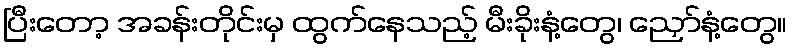
ပြီးတော့ အခန်းတိုင်းမှ ထွက်နေသည့် မီးခိုးနံ့တွေ၊ ညှော်နံ့တွေ။